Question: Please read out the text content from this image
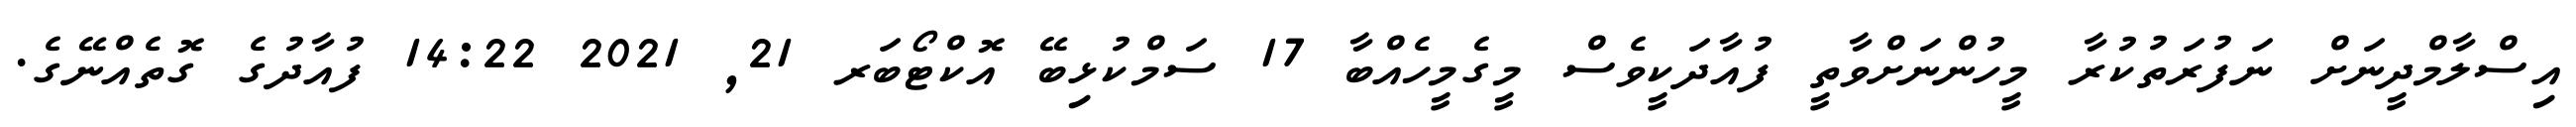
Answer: އިސްލާމްދީނަށް ނަފުރަތުކުރާ މީހުންނަށްވާތީ ފުއާދަކީވެސް މީގެމީހެއްބާ 17 ސަމްކުޅިބޭ އޮކްޓޯބަރ 21, 2021 14:22 ފުއާދުގެ ގޮތެއްނޭގެ.